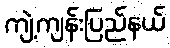
ကျဲ့ကျန်းပြည်နယ်